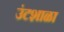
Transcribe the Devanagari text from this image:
उंटशाळा